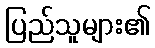
ပြည်သူများ၏